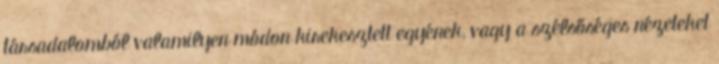
társadalomból valamilyen módon kirekesztett egyének, vagy a szélsőséges nézeteket